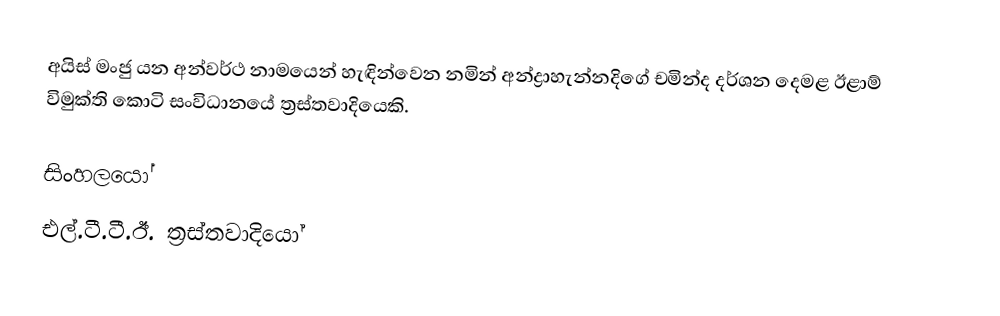
අයිස් මංජු යන අන්වර්ථ නාමයෙන් හැඳින්වෙන නමින් අන්ද්‍රාහැන්නදිගේ චමින්ද දර්ශන දෙමළ ඊළාම් විමුක්ති කොටි සංවිධානයේ ත්‍රස්තවාදියෙකි.

සිංහලයෝ
එල්.ටී.ටී.ඊ. ත්‍රස්තවාදියෝ